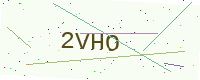
Text: 2VHO